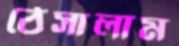
ঠেসালাম